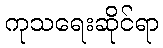
ကုသရေးဆိုင်ရာ